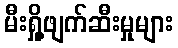
မီးရှို့ဖျက်ဆီးမှုများ